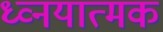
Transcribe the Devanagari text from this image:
ध्व्नयात्मक